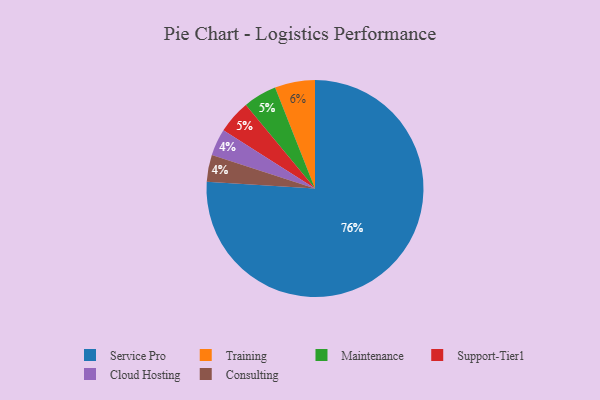
{"axis": {"x": "Category", "y": "Percentage"}, "legend": ["Cloud Hosting", "Consulting", "Maintenance", "Service Pro", "Support-Tier1", "Training"], "data": [{"x": "Maintenance", "y": 5, "type": "Maintenance"}, {"x": "Training", "y": 6, "type": "Training"}, {"x": "Cloud Hosting", "y": 4, "type": "Cloud Hosting"}, {"x": "Consulting", "y": 4, "type": "Consulting"}, {"x": "Service Pro", "y": 76, "type": "Service Pro"}, {"x": "Support-Tier1", "y": 5, "type": "Support-Tier1"}]}